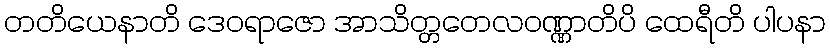
တတိယေနာတိ ဒေဝရာဇော အာသိတ္တတေလဝဏ္ဏာတိပိ ထေရီတိ ပါပနာ